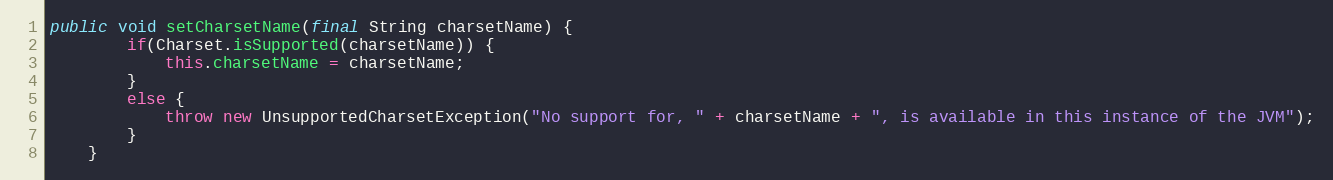
Language: Java
public void setCharsetName(final String charsetName) {
        if(Charset.isSupported(charsetName)) {
            this.charsetName = charsetName;
        }
        else {
            throw new UnsupportedCharsetException("No support for, " + charsetName + ", is available in this instance of the JVM");
        }
    }